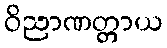
ဝိညာဏတ္တာယ